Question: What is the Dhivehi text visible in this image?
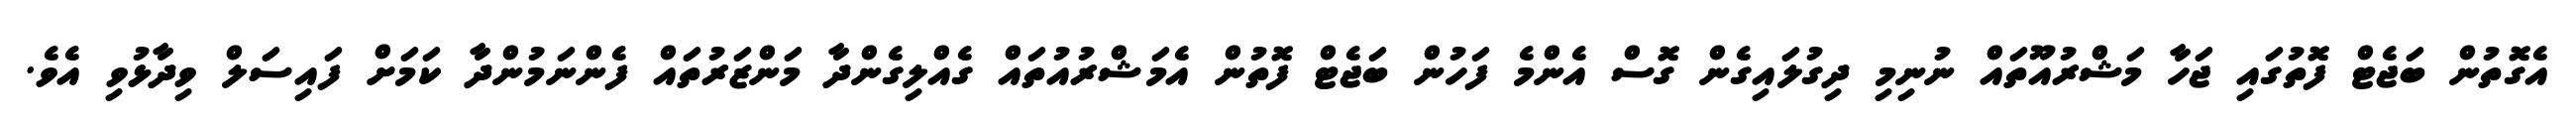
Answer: އެގޮތުން ބަޖެޓް ފޮތުގައި ޖަހާ މަޝްރުއޫތައް ނުނިމި ދިގުލައިގެން ގޮސް އެންމެ ފަހުން ބަޖެޓް ފޮތުން އެމަޝްރުއުތައް ގެއްލިގެންދާ މަންޒަރުތައް ފެންނަމުންދާ ކަމަށް ފައިސަލް ވިދާޅުވި އެވެ.